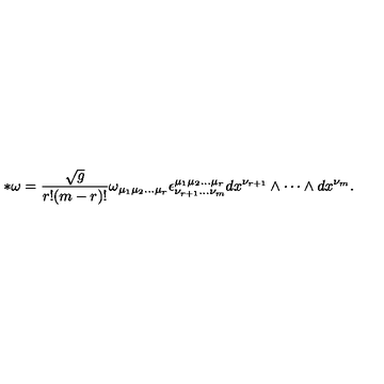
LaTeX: * \omega = \frac { \sqrt { g } } { r ! ( m - r ) ! } \omega _ { \mu _ { 1 } \mu _ { 2 } \dots \mu _ { r } } \epsilon _ { \nu _ { r + 1 } \dots \nu _ { m } } ^ { \mu _ { 1 } \mu _ { 2 } \dots \mu _ { r } } d x ^ { \nu _ { r + 1 } } \wedge \cdots \wedge d x ^ { \nu _ { m } } .